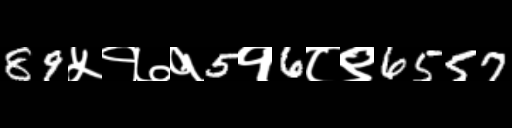
Text: 89५१७१5१6८९6557